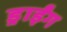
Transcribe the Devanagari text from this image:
ड्राईंग